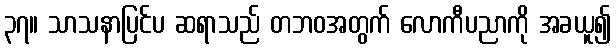
၃၇။ သာသနာပြင်ပ ဆရာသည် တဘဝအတွက် လောကီပညာကို အခယူ၍